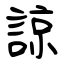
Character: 諒